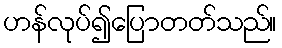
ဟန်လုပ်၍ပြောတတ်သည်။